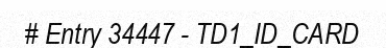
# Entry 34447 - TD1_ID_CARD